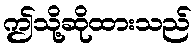
ဤသို့ဆိုထားသည်